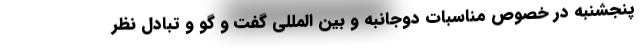
پنجشنبه در خصوص مناسبات دوجانبه و بین المللی گفت و گو و تبادل نظر